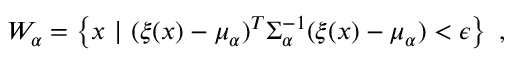
W _ { \alpha } = \left\{ \ensuremath { \boldsymbol { { x } } } \ | \ ( \ensuremath { \boldsymbol { \xi } } ( \ensuremath { \boldsymbol { { x } } } ) - \ensuremath { \boldsymbol { \mu } } _ { \alpha } ) ^ { T } \Sigma _ { \alpha } ^ { - 1 } ( \ensuremath { \boldsymbol { \xi } } ( \ensuremath { \boldsymbol { { x } } } ) - \ensuremath { \boldsymbol { \mu } } _ { \alpha } ) < \epsilon \right\} \ ,